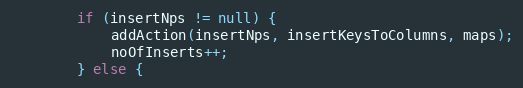
Language: Java
		if (insertNps != null) {
			addAction(insertNps, insertKeysToColumns, maps);
			noOfInserts++;
		} else {